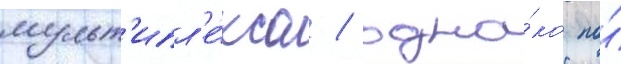
мульт'ипл'е́кса / одна́ко по́